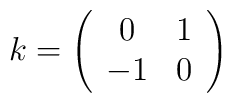
k= \left( \begin{array}{cc} 0&1 \\                            -1&0          \end{array}   \right)